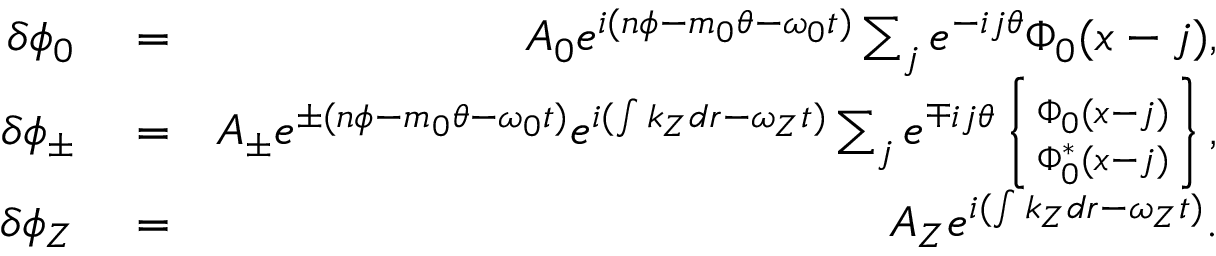
\begin{array} { r l r } { \delta \phi _ { 0 } } & { { } = } & { A _ { 0 } e ^ { i ( n \phi - m _ { 0 } \theta - \omega _ { 0 } t ) } \sum _ { j } e ^ { - i j \theta } \Phi _ { 0 } ( x - j ) , } \\ { \delta \phi _ { \pm } } & { { } = } & { A _ { \pm } e ^ { \pm ( n \phi - m _ { 0 } \theta - \omega _ { 0 } t ) } e ^ { i ( \int k _ { Z } d r - \omega _ { Z } t ) } \sum _ { j } e ^ { \mp i j \theta } \left\{ \Phi _ { 0 } ( x - j ) \atop \Phi _ { 0 } ^ { * } ( x - j ) \right\} , } \\ { \delta \phi _ { Z } } & { { } = } & { A _ { Z } e ^ { i ( \int k _ { Z } d r - \omega _ { Z } t ) } . } \end{array}